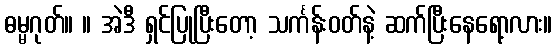
ဓမ္မဂုတ်။ ။ အဲဒီ ရှင်ပြုပြီးတော့ သင်္ကန်းဝတ်နဲ့ ဆက်ပြီးနေရော့လား။